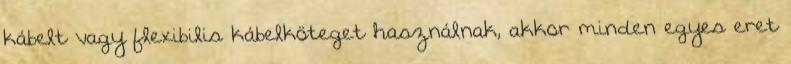
kábelt vagy flexibilis kábelköteget használnak, akkor minden egyes eret